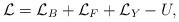
LaTeX: \begin{align*}{\cal L} = {\cal L}_B + {\cal L}_F + {\cal L}_Y -U,\end{align*}